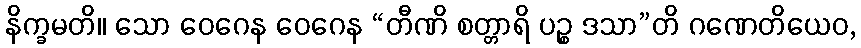
နိက္ခမတိ။ သော ဝေဂေန ဝေဂေန “တီဏိ စတ္တာရိ ပဉ္စ ဒသာ”တိ ဂဏေတိယေဝ,